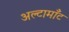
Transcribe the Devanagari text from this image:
अल्टामाँट